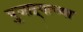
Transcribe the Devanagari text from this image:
पुजाऱ्याच्या